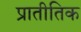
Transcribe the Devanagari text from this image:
प्रातीतिक